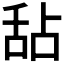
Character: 𬜅